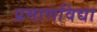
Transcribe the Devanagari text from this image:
प्रमाणविद्या